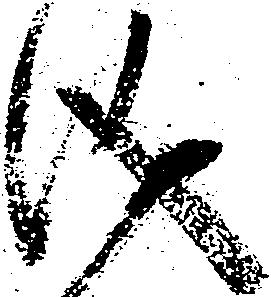
儀